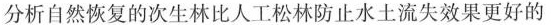
分析自然恢复的次生林比人工松林防止水土流失效果更好的